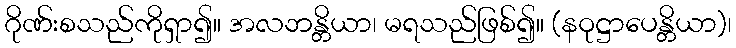
ဂိုဏ်းစသည်ကိုရှာ၍။ အလဘန္တိယာ၊ မရသည်ဖြစ်၍။ (နဝုဋ္ဌာပေန္တိယာ)၊